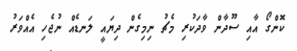
ކޮންގޯ އާއި ސޫދާން ވާދަކުރި މެޗު ނިމިގެން ދިޔައީ ލަނޑެއް ނުޖެހި އެއްވަރު